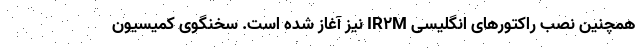
همچنین نصب راکتورهای انگلیسی IR2M نیز آغاز شده است. سخنگوی کمیسیون